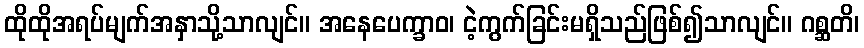
ထိုထိုအရပ်မျက်အနှာသို့သာလျင်။ အနေပေက္ခာဝ၊ ငဲ့ကွက်ခြင်းမရှိသည်ဖြစ်၍သာလျင်။ ဂစ္ဆတိ၊